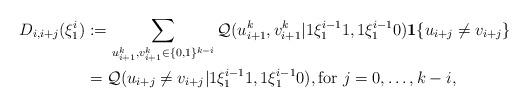
LaTeX: \begin{align*}D_{i,i+j}(\xi_{1}^{i})&:=\sum_{u_{i+1}^{k},v_{i+1}^{k}\in\{0,1\}^{k-i}}\mathcal{Q}(u_{i+1}^{k},v_{i+1}^{k}|1\xi_{1}^{i-1}1,1\xi_{1}^{i-1}0){\bf1}\{u_{i+j}\neq v_{i+j}\}\\&=\mathcal{Q}(u_{i+j}\neq v_{i+j}|1\xi_{1}^{i-1}1,1\xi_{1}^{i-1}0), \mbox{for } j=0,\ldots,k-i,\end{align*}